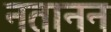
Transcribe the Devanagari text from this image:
नतानन